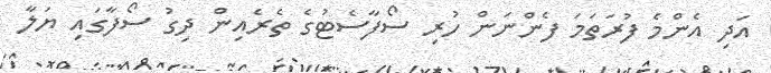
އަދި އެންމެ ފުރަތަމަ ފެންނަން ހުރި ސޯފާސެޓުގެ ތެރެއިން ދިގު ސޯފާގައި ޔަލާ